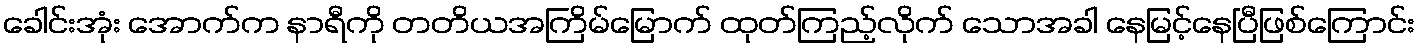
ခေါင်းအုံး အောက်က နာရီကို တတိယအကြိမ်မြောက် ထုတ်ကြည့်လိုက် သောအခါ နေမြင့်နေပြီဖြစ်ကြောင်း